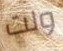
ولت